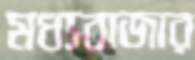
মধ্যবাজার